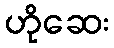
ဟိုဆေး